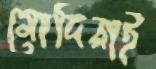
মোদিরাই